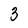
Character: 3